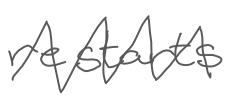
Text: restarts
Cross-out: zig-zag
Writing tool: digital_gray